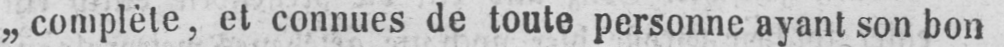
„complète, et connues de toute personne ayant son bon